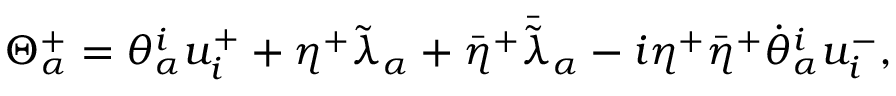
\Theta _ { \alpha } ^ { + } = \theta _ { \alpha } ^ { i } u _ { i } ^ { + } + \eta ^ { + } \tilde { \lambda } _ { \alpha } + { \bar { \eta } } ^ { + } { \bar { \tilde { \lambda } } } _ { \alpha } - i \eta ^ { + } { \bar { \eta } } ^ { + } { \dot { \theta } } _ { \alpha } ^ { i } u _ { i } ^ { - } ,